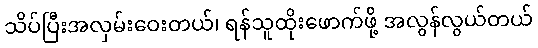
သိပ်ပြီးအလှမ်းဝေးတယ်၊ ရန်သူထိုးဖောက်ဖို့ အလွန်လွယ်တယ်